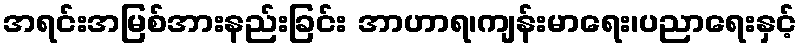
အရင်းအမြစ်အားနည်းခြင်း အာဟာရ၊ကျန်းမာရေး၊ပညာရေးနှင့်